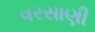
વરસાણી